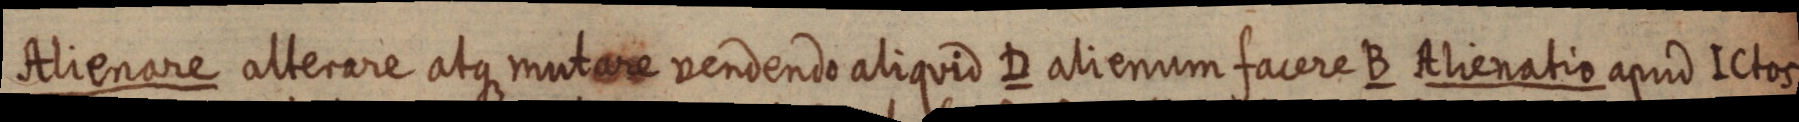
Alienare alterare atque mutare vendendo aliquid D alienum facere B Alienatio apud ICtos